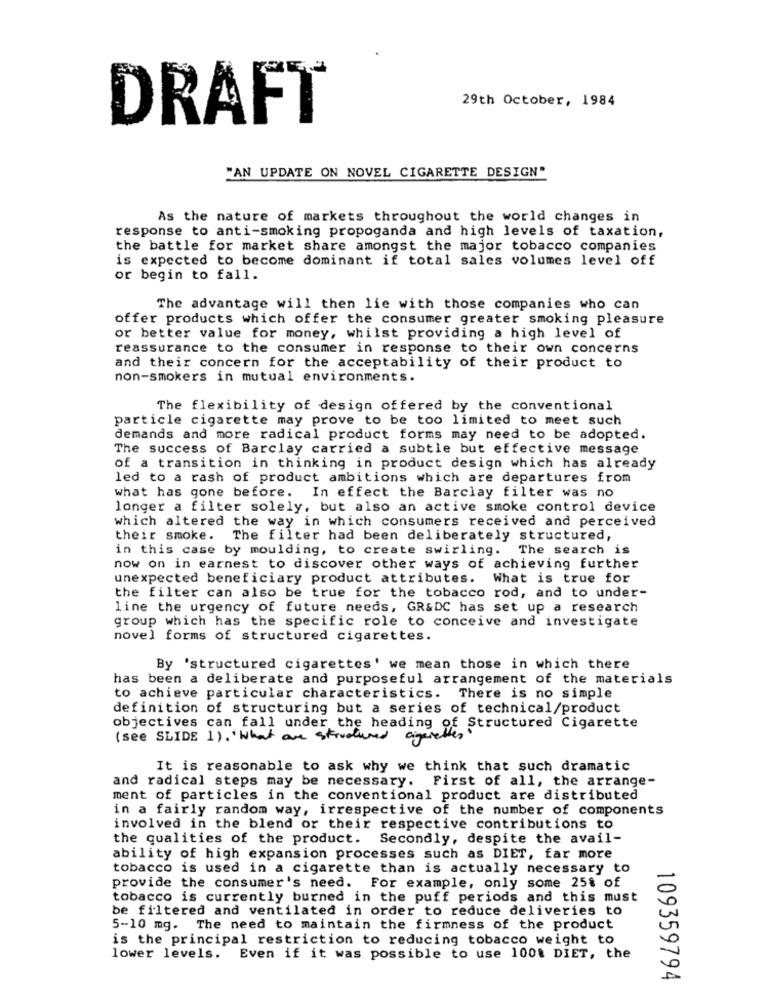
29th October, 1984
DRAFT
"AN UPDATE ON NOVEL CIGARETTE DESIGN"
As the nature of markets throughout the world changes in
response to anti-smoking propoganda and high levels of taxation,
the battle for market share amongst the major tobacco companies
is expected to become dominant if total sales volumes level off
or begin to fall.
The advantage will then lie with those companies who can
offer products which offer the consumer greater smoking pleasure
or better value for money, whilst providing a high level of
reassurance to the consumer in response to their own concerns
and their concern for the acceptability of their product to
non-smokers in mutual environments.
The flexibility of design offered by the conventional
particle cigarette may prove to be too limited to meet such
demands and more radical product forms may need to be adopted.
The success of Barclay carried a subtle but effective message
of a transition in thinking in product design which has already
led to a rash of product ambitions which are departures from
what has gone before. In effect the Barclay filter was no
longer a filter solely, but also an active smoke control device
which altered the way in which consumers received and perceived
their smoke.
The filter had been deliberately structured,
in this case by moulding, to create swirling. The search is
now on in earnest to discover other ways of achieving further
unexpected beneficiary product attributes. What is true for
the filter can also be true for the tobacco rod, and to under-
line the urgency of future needs, GR&DC has set up a research
group which has the specific role to conceive and investigate
novel forms of structured cigarettes.
By 'structured cigarettes' we mean those in which there
has been a deliberate and purposeful arrangement of the materials
to achieve particular characteristics. There is no simple
definition of structuring but a series of technical/product
objectives can fall under the heading of Structured Cigarette
(see SLIDE 1). ' What are strudered
cigarettes
It is reasonable to ask why we think that such dramatic
and radical steps may be necessary. First of all, the arrange-
ment of particles in the conventional product are distributed
in a fairly random way, irrespective of the number of components
involved in the blend or their respective contributions to
the qualities of the product. Secondly, despite the avail-
ability of high expansion processes such as DIET, far more
tobacco is used in a cigarette than is actually necessary to
provide the consumer's need. For example, only some 25% of
tobacco is currently burned in the puff periods and this must
be filtered and ventilated in order to reduce deliveries to
5-10 mg. The need to maintain the firmness of the product
is the principal restriction to reducing tobacco weight to
lower levels. Even if it was possible to use 100% DIET, the
109359794